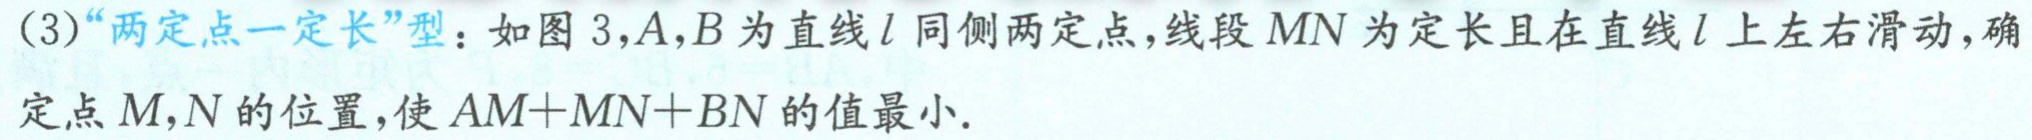
(3)“两定点一定长”型：如图 3,$A,B$为直线$l$同侧两定点,线段$MN$为定长且在直线$l$上左右滑动,确定点$M,N$的位置,使$AM + MN+BN$的值最小.